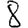
Digit: 8